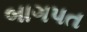
બાગપત